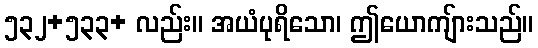
၅၃၂+၅၃၃+ လည်း။ အယံပုရိသော၊ ဤယောကျ်ားသည်။